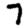
Digit: 7